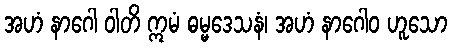
အဟံ နာဂေါ ဝါတိ ဣမံ ဓမ္မဒေသနံ၊ အဟံ နာဂေါဝ ဟူသော